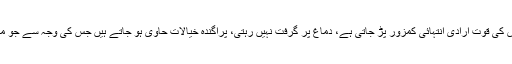
تشنج یا ہسٹریا کے دوروں میں مریض کی قوت ارادی انتہائی کمزور پڑ جاتی ہے، دماغ پر گرفت نہیں رہتی، پراگندہ خیالات حاوی ہو جاتے ہیں جس کی وجہ سے جو منہ میں آئے مریض بولتا چلا جاتا ہے۔